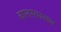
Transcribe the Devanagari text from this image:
बालस्वास्थ्य